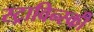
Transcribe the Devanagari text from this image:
स्ट्राविन्स्की